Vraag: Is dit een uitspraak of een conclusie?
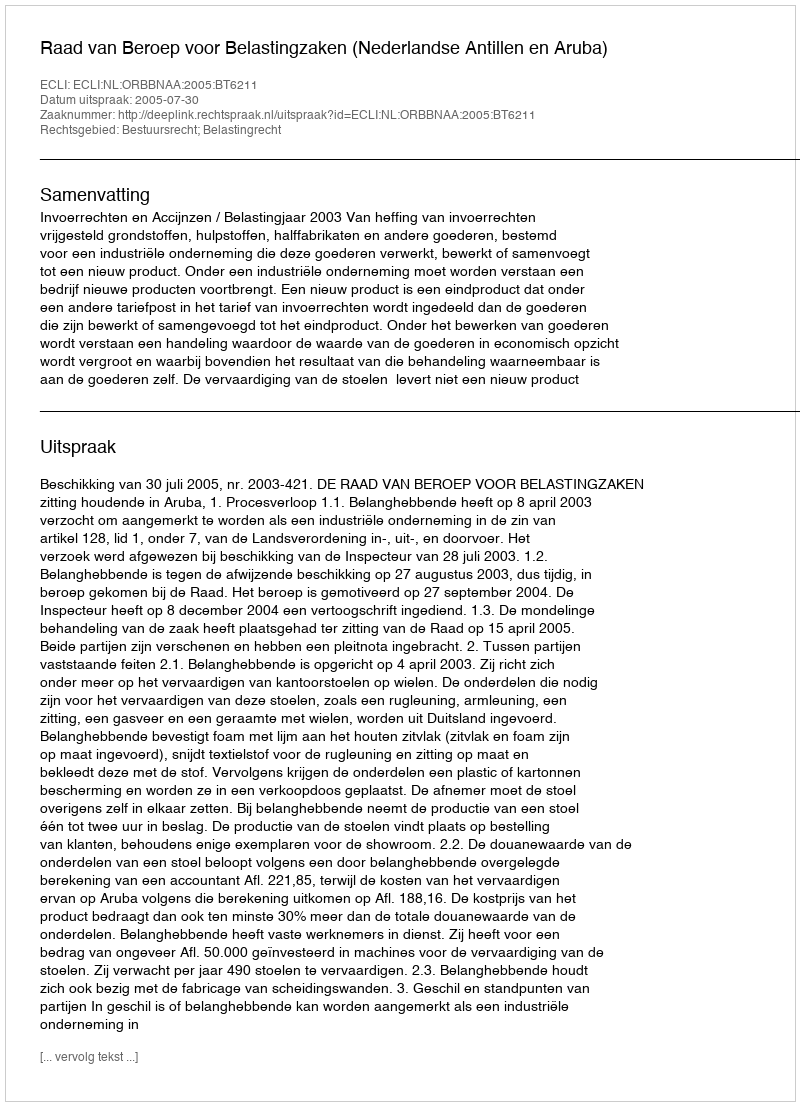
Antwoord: Uitspraak